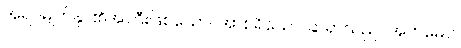
အရပ်မျက်နှာ၏အကြီးဖြစ်သော။ အာစရိယော၊ ဆရာသည်။ အဟမေဝ၊